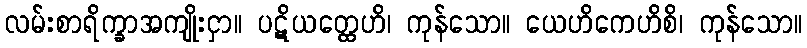
လမ်းစာရိက္ခာအကျိုးငှာ။ ပဋိယတ္ထေဟိ၊ ကုန်သော။ ယေဟိကေဟိစိ၊ ကုန်သော။